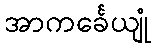
အာကင်္ခေယျုံ